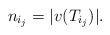
LaTeX: \begin{align*}n_{i_j} = |v(T_{i_j})|.\end{align*}